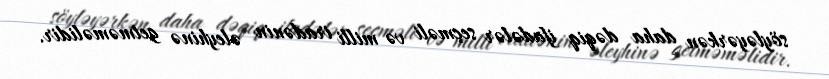
söyləyərkən daha dəqiq ifadələr seçməli və milli iradənin əleyhinə getməməlidir.